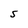
Character: S